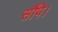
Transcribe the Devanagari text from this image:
सौंपे।